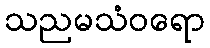
သညမသံဝရော